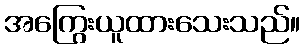
အကြွေးယူထားသေးသည်။